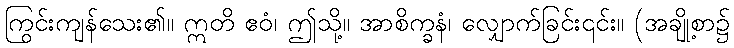
ကြွင်းကျန်သေး၏။ ဣတိ ဧဝံ၊ ဤသို့။ အာစိက္ခနံ၊ လျှောက်ခြင်း၎င်း။ (အချို့စာ၌